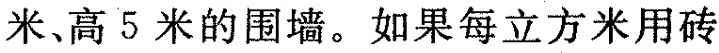
米、高5米的围墙。如果每立方米用砖